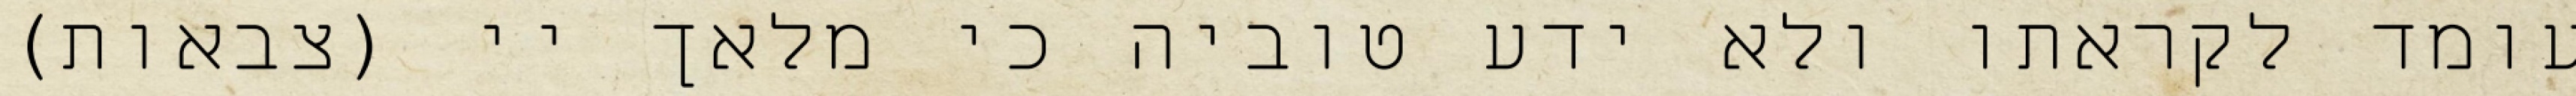
עומד לקראתו ולא ידע טוביה כי מלאך יי (צבאות)